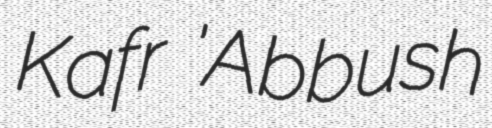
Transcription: Kafr 'Abbush